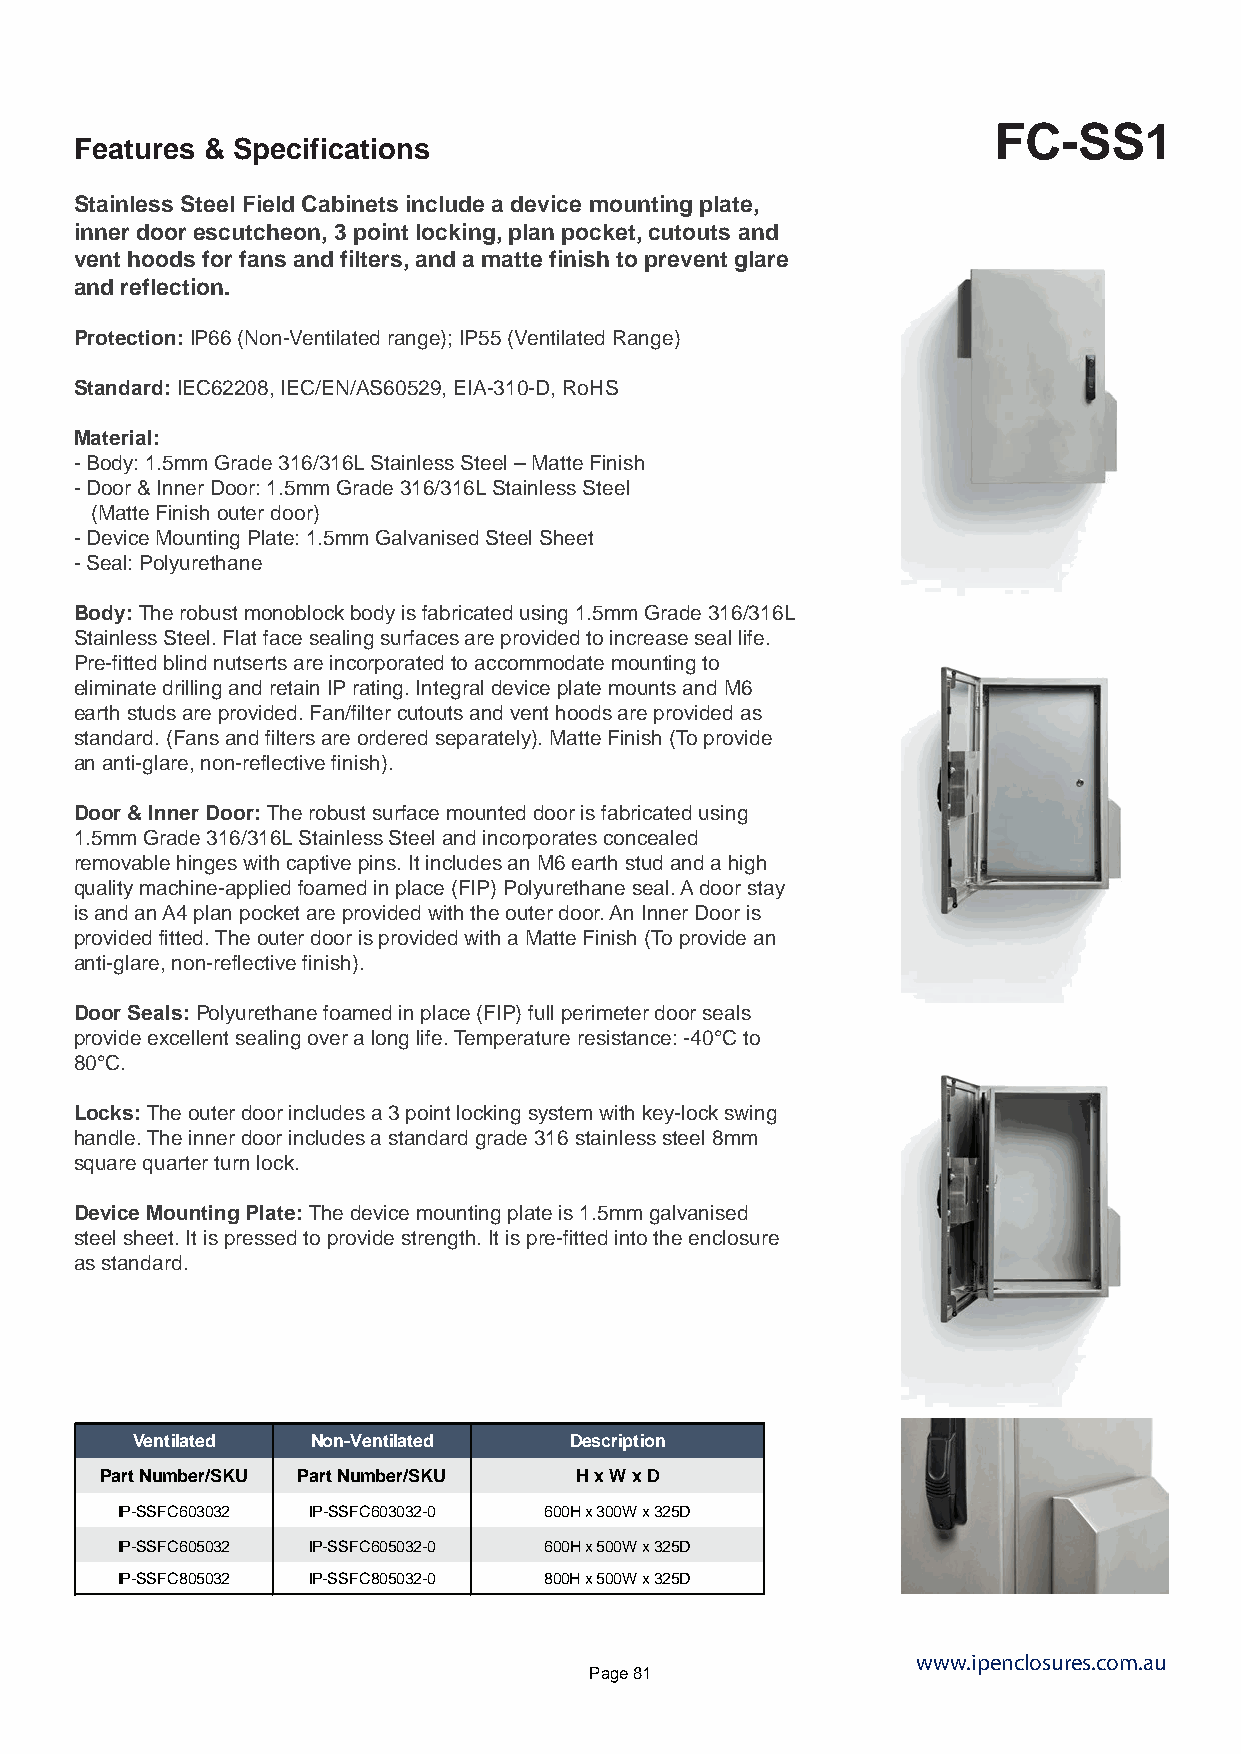
FC-SS1
 Features & Specifications
 Stainless Steel Field Cabinets include a device mounting plate,
 inner door escutcheon, 3 point locking, plan pocket, cutouts and
 vent hoods for fans and filters, and a matte finish to prevent glare
 and reflection.
 Protection: IP66 (Non-Ventilated range); IP55 (Ventilated Range)
 Standard: IEC62208, IEC/EN/AS60529, EIA-310-D, RoHS
 Material:
 - Body: 1.5mm Grade 316/316L Stainless Steel – Matte Finish
 - Door & Inner Door: 1.5mm Grade 316/316L Stainless Steel
 (Matte Finish outer door)
 - Device Mounting Plate: 1.5mm Galvanised Steel Sheet
 - Seal: Polyurethane
 Body: The robust monoblock body is fabricated using 1.5mm Grade 316/316L
 Stainless Steel. Flat face sealing surfaces are provided to increase seal life.
 Pre-fitted blind nutserts are incorporated to accommodate mounting to
 eliminate drilling and retain IP rating. Integral device plate mounts and M6
 earth studs are provided. Fan/filter cutouts and vent hoods are provided as
 standard. (Fans and filters are ordered separately). Matte Finish (To provide
 an anti-glare, non-reflective finish).
 Door & Inner Door: The robust surface mounted door is fabricated using
 1.5mm Grade 316/316L Stainless Steel and incorporates concealed
 removable hinges with captive pins. It includes an M6 earth stud and a high
 quality machine-applied foamed in place (FIP) Polyurethane seal. A door stay
 is and an A4 plan pocket are provided with the outer door. An Inner Door is
 provided fitted. The outer door is provided with a Matte Finish (To provide an
 anti-glare, non-reflective finish).
 Door Seals: Polyurethane foamed in place (FIP) full perimeter door seals
 provide excellent sealing over a long life. Temperature resistance: -40°C to
 80°C.
 Locks: The outer door includes a 3 point locking system with key-lock swing
 handle. The inner door includes a standard grade 316 stainless steel 8mm
 square quarter turn lock.
 Device Mounting Plate: The device mounting plate is 1.5mm galvanised
 steel sheet. It is pressed to provide strength. It is pre-fitted into the enclosure
 as standard.
 Ventilated  Non-Ventilated   Description
 Part Number/SKU Part Number/SKU H x W x D
 IP-SSFC603032 IP-SSFC603032-0 600H x 300W x 325D
 IP-SSFC605032 IP-SSFC605032-0 600H x 500W x 325D
 IP-SSFC805032 IP-SSFC805032-0 800H x 500W x 325D
 www.ipenclosures.com.au
 Page 81